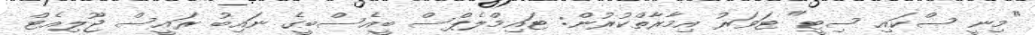
"މިނީ ސްކައި ސިޓީ" ޓަވަރު އިމާރާތްކުުރުން: ޓައިމްލެޕްސް ބީއެސްބީގެ ނައިބު ރައީސް ޖޫލިއެޓް